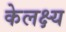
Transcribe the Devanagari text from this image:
केलक्ष्य